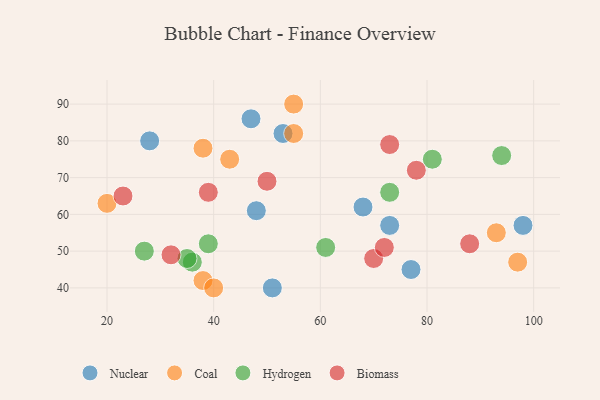
{"axis": {"x": "GDP", "y": "Life Expectancy"}, "legend": ["Biomass", "Coal", "Hydrogen", "Nuclear"], "data": [{"x": "51", "y": 40, "type": "Nuclear"}, {"x": "73", "y": 57, "type": "Nuclear"}, {"x": "77", "y": 45, "type": "Nuclear"}, {"x": "28", "y": 80, "type": "Nuclear"}, {"x": "53", "y": 82, "type": "Nuclear"}, {"x": "68", "y": 62, "type": "Nuclear"}, {"x": "98", "y": 57, "type": "Nuclear"}, {"x": "48", "y": 61, "type": "Nuclear"}, {"x": "47", "y": 86, "type": "Nuclear"}, {"x": "93", "y": 55, "type": "Coal"}, {"x": "43", "y": 75, "type": "Coal"}, {"x": "38", "y": 42, "type": "Coal"}, {"x": "38", "y": 78, "type": "Coal"}, {"x": "40", "y": 40, "type": "Coal"}, {"x": "55", "y": 90, "type": "Coal"}, {"x": "97", "y": 47, "type": "Coal"}, {"x": "20", "y": 63, "type": "Coal"}, {"x": "55", "y": 82, "type": "Coal"}, {"x": "36", "y": 47, "type": "Hydrogen"}, {"x": "39", "y": 52, "type": "Hydrogen"}, {"x": "81", "y": 75, "type": "Hydrogen"}, {"x": "73", "y": 66, "type": "Hydrogen"}, {"x": "27", "y": 50, "type": "Hydrogen"}, {"x": "94", "y": 76, "type": "Hydrogen"}, {"x": "35", "y": 48, "type": "Hydrogen"}, {"x": "61", "y": 51, "type": "Hydrogen"}, {"x": "73", "y": 79, "type": "Biomass"}, {"x": "50", "y": 69, "type": "Biomass"}, {"x": "23", "y": 65, "type": "Biomass"}, {"x": "32", "y": 49, "type": "Biomass"}, {"x": "88", "y": 52, "type": "Biomass"}, {"x": "70", "y": 48, "type": "Biomass"}, {"x": "78", "y": 72, "type": "Biomass"}, {"x": "39", "y": 66, "type": "Biomass"}, {"x": "72", "y": 51, "type": "Biomass"}]}